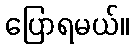
ပြောရမယ်။